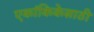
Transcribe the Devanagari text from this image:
एकांकिकेसाठी